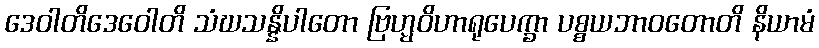
ဒေဝါတိဒေဝေါတိ သံဃသန္နိပါတော ဗြဟ္မဝိဟာရုပေက္ခာ ပစ္စယဘာဝတောတိ နိယာမံ